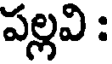
పల్లవి :